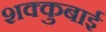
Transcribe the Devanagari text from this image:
शक्कुबाई